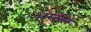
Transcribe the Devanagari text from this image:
अस्टीन